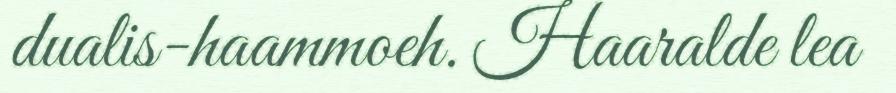
dualis-haammoeh. Haaralde lea